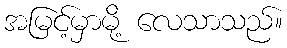
အမြင့်မှာမို့ လေသာသည်။